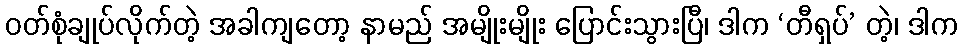
ဝတ်စုံချုပ်လိုက်တဲ့ အခါကျတော့ နာမည် အမျိုးမျိုး ပြောင်းသွားပြီ၊ ဒါက ‘တီရှပ်’ တဲ့၊ ဒါက